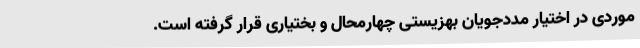
موردی در اختیار مددجویان بهزیستی چهارمحال و بختیاری قرار گرفته است.